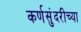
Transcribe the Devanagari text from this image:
कर्णसुंदरीच्या